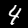
Label: 4